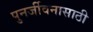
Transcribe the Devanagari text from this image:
पुनर्जीवनासाठी